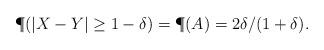
LaTeX: \begin{align*}\P(|X-Y| \geq 1-\delta) = \P(A) = 2\delta/(1 + \delta).\end{align*}